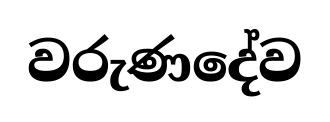
වරුණදේව